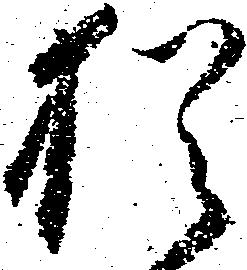
猶